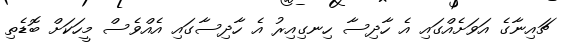
ޗައިނާގެ އަވަށެއްގައި އެ ހާދިސާ ހިނގިއިރު އެ ހާދިސާގައި އެއްވެސް މީހަކަށް ބޮޑެތި